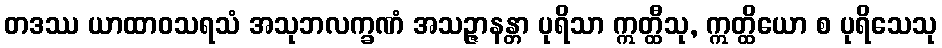
တဒဿ ယာထာဝသရသံ အသုဘလက္ခဏံ အသဉ္ဇာနန္တာ ပုရိသာ ဣတ္ထီသု, ဣတ္ထိယော စ ပုရိသေသု